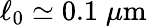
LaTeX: \ell_{0}\simeq 0.1\; \mu\mathrm{m}